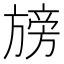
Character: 𭥁